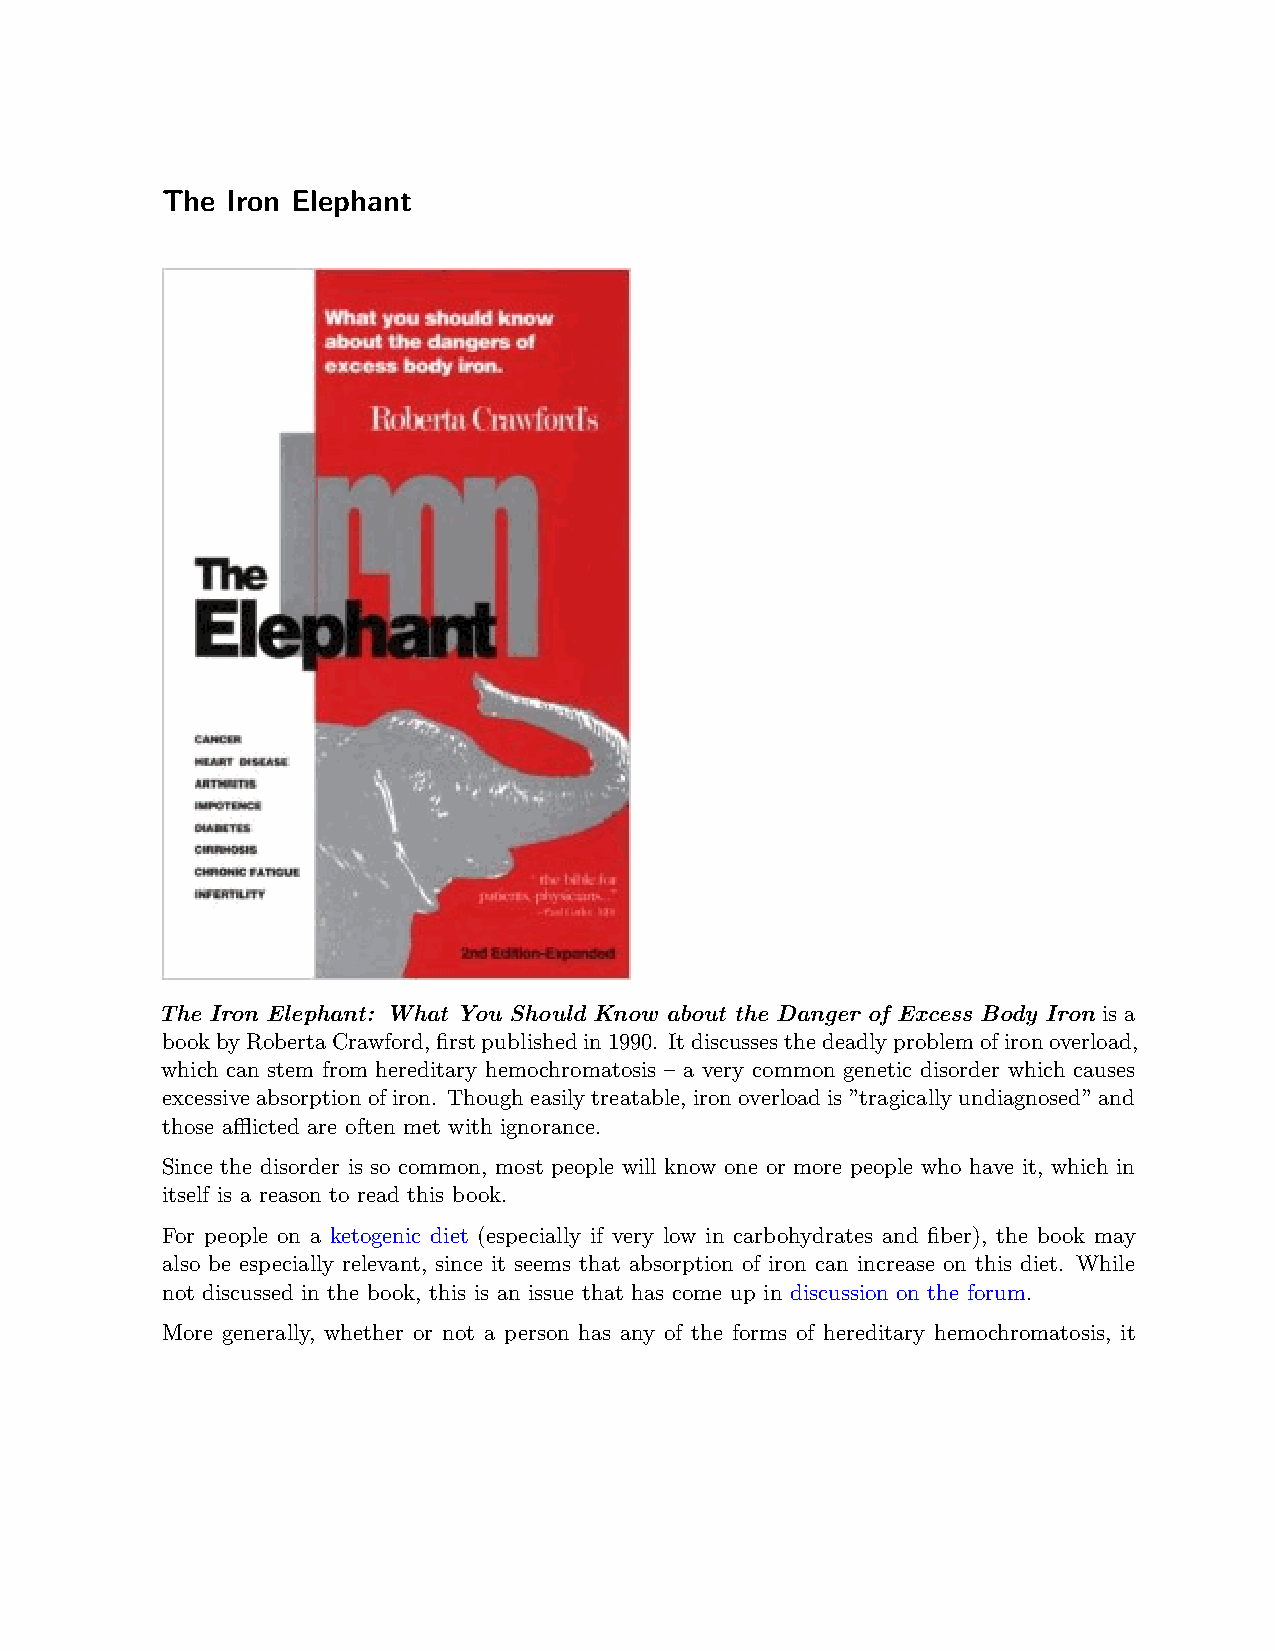
The Iron Elephant
 The Iron Elephant: What You Should Know about the Danger of Excess Body Iron is a
 bookbyRobertaCrawford,firstpublishedin1990. Itdiscussesthedeadlyproblemofironoverload,
 which can stem from hereditary hemochromatosis – a very common genetic disorder which causes
 excessiveabsorptionofiron. Thougheasilytreatable, ironoverloadis”tragicallyundiagnosed”and
 those afflicted are often met with ignorance.
 Since the disorder is so common, most people will know one or more people who have it, which in
 itself is a reason to read this book.
 For people on a ketogenic diet (especially if very low in carbohydrates and fiber), the book may
 also be especially relevant, since it seems that absorption of iron can increase on this diet. While
 not discussed in the book, this is an issue that has come up in discussion on the forum.
 More generally, whether or not a person has any of the forms of hereditary hemochromatosis, it